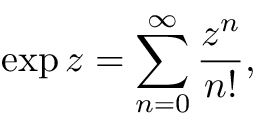
\exp z = \sum _ { n = 0 } ^ { \infty } { \frac { z ^ { n } } { n ! } } ,